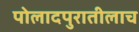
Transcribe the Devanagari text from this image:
पोलादपुरातीलाच